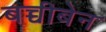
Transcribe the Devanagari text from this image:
बच्चीबेन